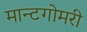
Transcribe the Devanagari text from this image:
मान्टगोमरी